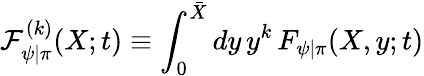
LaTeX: {\cal F}_{\psi|\pi}^{(k)}(X;t)\equiv\int_{0}^{\bar{X}}dy\, y^{k}\, F_{\psi|\pi}(X,y;t)